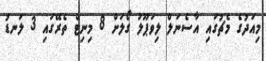
މިއަދުގެ މެޗުގައި އާސެނަލް ލިވަޕޫލު ގޯލަށް 8 މިނިޓް ތެރޭގައި 3 ލަނޑު